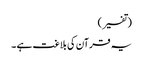
(تفسیر)
یہ قرآن کی بلاغت ہے ۔